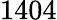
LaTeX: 1404